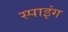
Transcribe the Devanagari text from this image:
स्पाइंग